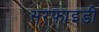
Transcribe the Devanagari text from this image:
सरफाइडी